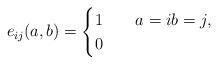
LaTeX: \begin{align*}e_{ij}(a,b) = \begin{cases}1\quad& a=ib=j,\\0&\end{cases}\end{align*}